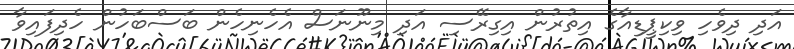
އަދި ދިވެހި ވިކިޕީޑިއާގެ އިތުރުން އިގިރޭސި އަދި މިނޫނަސް އެހެނިހެން ބަސްބަހުން ހެދިފައިވާ